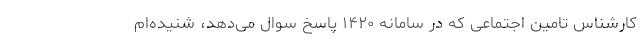
کارشناس تامین اجتماعی که در سامانه ۱۴۲۰ پاسخ سوال می‌دهد، شنیده‌ام